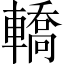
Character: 轎